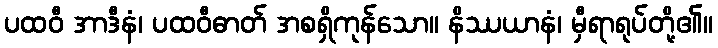
ပထဝီ အာဒီနံ၊ ပထဝီဓာတ် အစရှိကုန်သော။ နိဿယာနံ၊ မှီရာရုပ်တို့၏။